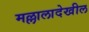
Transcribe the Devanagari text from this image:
मल्लालादेखील